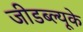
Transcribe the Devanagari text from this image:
जीडब्ल्यूके